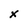
Character: X